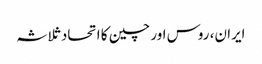
ایران، روس اور چین کا اتحاد ثلاثہ